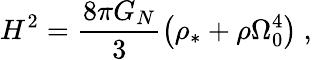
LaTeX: H^{2}=\frac{8\pi G_{N}}{3}\left(\rho_{*}+\rho\Omega_{0}^{4}\right)\mathrm{~,}